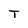
Character: T